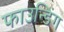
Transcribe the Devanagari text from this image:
फाउन्डिंग